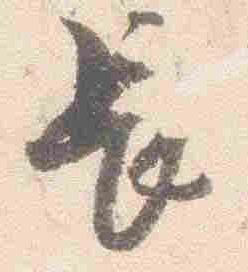
長